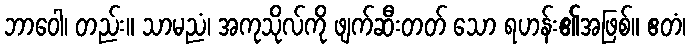
ဘာဝေါ၊ တည်း။ သာမညံ၊ အကုသိုလ်ကို ဖျက်ဆီးတတ် သော ရဟန်း၏အဖြစ်။ ဧတံ၊